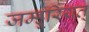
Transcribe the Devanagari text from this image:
जम्हूरियत्